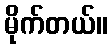
မိုက်တယ်။